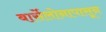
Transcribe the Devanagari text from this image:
बार्सेलोनापासून